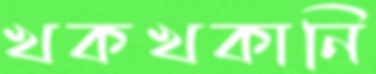
খকখকানি